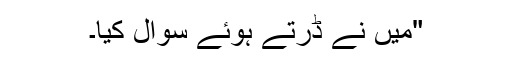
"میں نے ڈرتے ہوئے سوال کیا۔